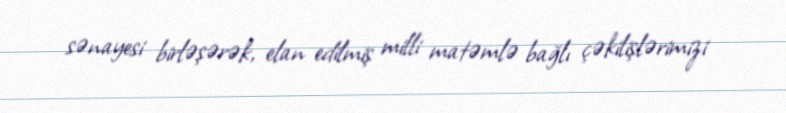
sənayesi birləşərək, elan edilmiş milli matəmlə bağlı çəkilişlərimizi